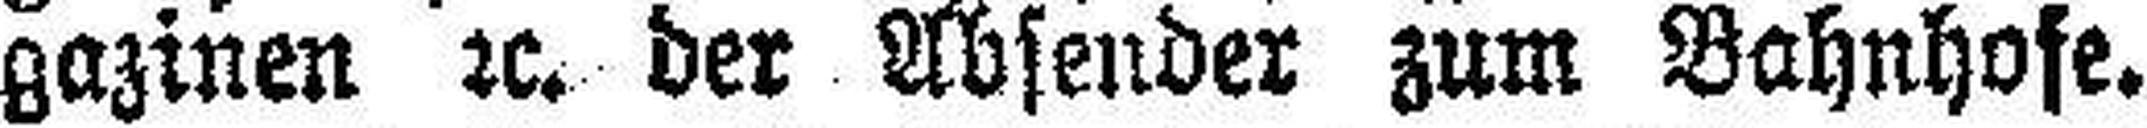
gazinen rc. der Absender zum Bahnhofe.